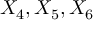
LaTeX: X _ { 4 } , X _ { 5 } , X _ { 6 }